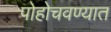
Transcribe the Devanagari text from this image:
पोहोचवण्यात